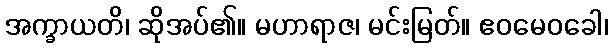
အက္ခာယတိ၊ ဆိုအပ်၏။ မဟာရာဇ၊ မင်းမြတ်။ ဧဝမေဝခေါ၊